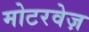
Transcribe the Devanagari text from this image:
मोटरवेज़